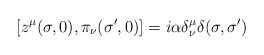
\begin{align*}\left[ z^\mu (\sigma,0 ),\pi _\nu (\sigma ^{\prime },0)\right]=i\alpha \delta _\nu ^\mu \delta (\sigma ,\sigma ^{\prime })\end{align*}